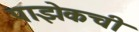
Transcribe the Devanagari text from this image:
पाझेकची